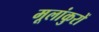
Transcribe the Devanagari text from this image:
मूलांकुरों